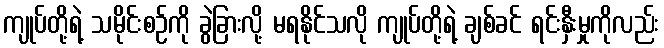
ကျုပ်တို့ရဲ့ သမိုင်းစဉ်ကို ခွဲခြားလို့ မရနိုင်သလို ကျုပ်တို့ရဲ့ ချစ်ခင် ရင်းနှီးမှုကိုလည်း